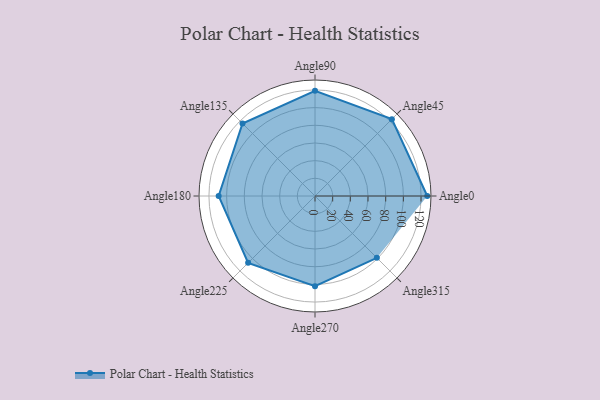
{"axis": {"x": "Angle", "y": "Radius"}, "legend": [""], "data": [{"x": "Angle0", "y": 127.0, "type": ""}, {"x": "Angle45", "y": 123.0, "type": ""}, {"x": "Angle90", "y": 119.0, "type": ""}, {"x": "Angle135", "y": 116.0, "type": ""}, {"x": "Angle180", "y": 109.0, "type": ""}, {"x": "Angle225", "y": 107.0, "type": ""}, {"x": "Angle270", "y": 102.0, "type": ""}, {"x": "Angle315", "y": 99.0, "type": ""}]}